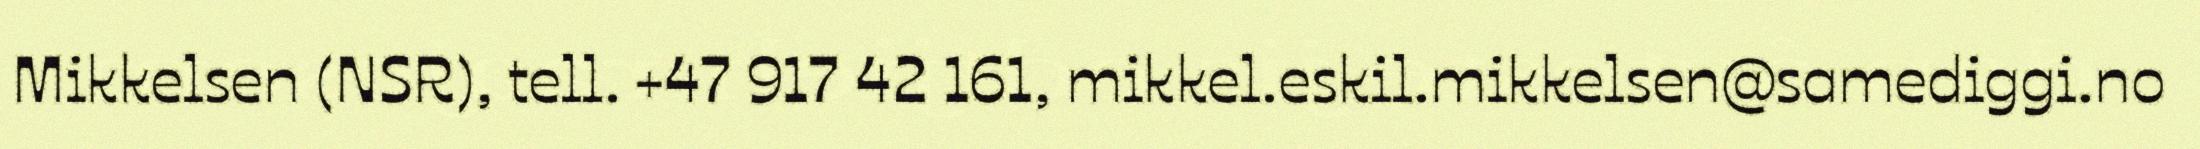
Mikkelsen (NSR), tell. +47 917 42 161, mikkel.eskil.mikkelsen@samediggi.no